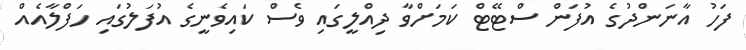
ފަހު އާނަންދުގެ އުފަން ސްޓޭޓް ކަމަށްވާ ދިއްލީގައި ވެސް ކައިވެނީގެ އުފަލުގައި ހަފްލާއެއް